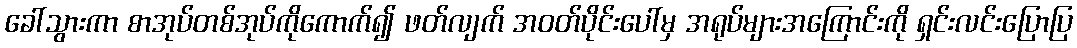
ခေါ်သွားကာ စာအုပ်တစ်အုပ်ကိုကောက်၍ ဖတ်လျက် အဝတ်ပိုင်းပေါ်မှ အရုပ်များအကြောင်းကို ရှင်းလင်းပြောပြ